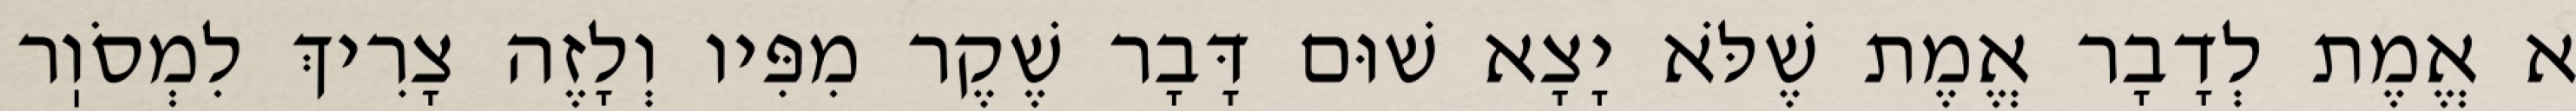
א אֱמֶת לְדָבָר אֱמֶת שֶׁלֹּא יָצָא שׁוּם דָּבָר שֶׁקֶר מִפִּיו וְלָזֶה צָרִיךְ לִמְסֹוֽר